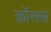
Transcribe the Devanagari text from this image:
कॉलस